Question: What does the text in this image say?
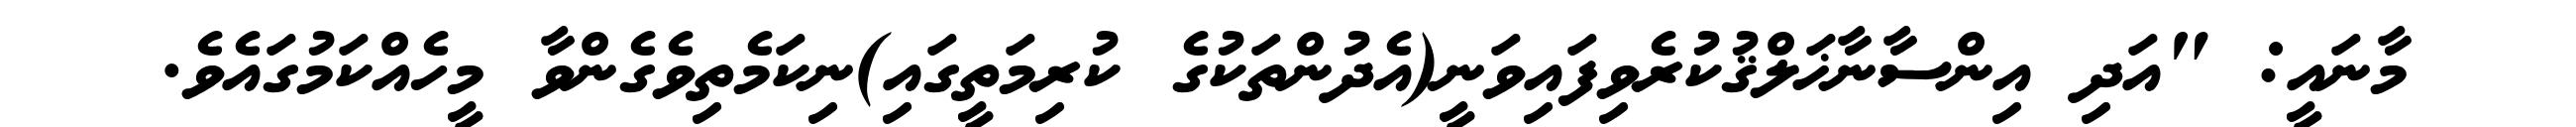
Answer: މާނައީ: "އަދި އިންސާނާޚަލްޤުކުރެވިފައިވަނީ(އެދުންތަކުގެ ކުރިމަތީގައި)ނިކަމެތިވެގެންވާ މީހެއްކަމުގައެވެ.